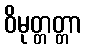
ဝိမုတ္တတ္တာ